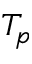
T _ { p }